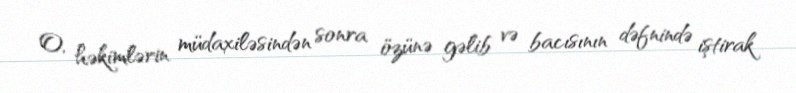
O, həkimlərin müdaxiləsindən sonra özünə gəlib və bacısının dəfnində iştirak